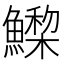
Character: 𩻳